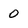
Character: 0